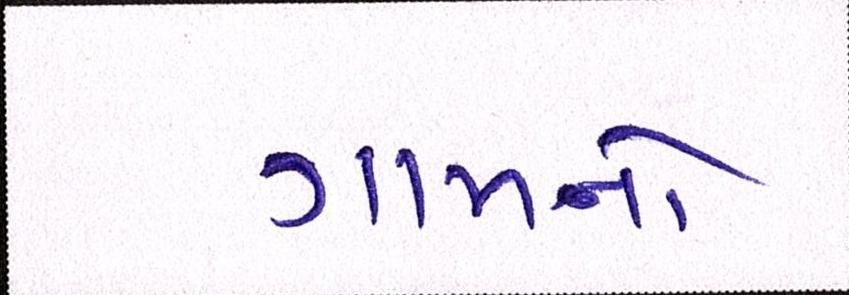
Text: ગામનો